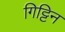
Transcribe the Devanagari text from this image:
गिट्टिन